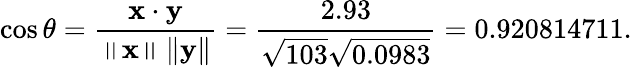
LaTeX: \cos\theta={\frac{\mathbf{x}\cdot\mathbf{y}}{\left\| \mathbf{x}\right\| \left\| \mathbf{y}\right\| }}={\frac{2.93}{{\sqrt{103}}{\sqrt{0.0983}}}}=0.920814711.